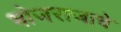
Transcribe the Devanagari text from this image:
भोजराजाचे